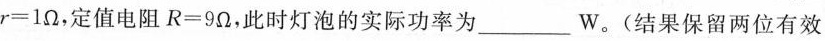
$$r = 1Ω$$，定值电阻$$R = 9Ω$$，此时灯泡的实际功率为___W。(结果保留两位有效数字)